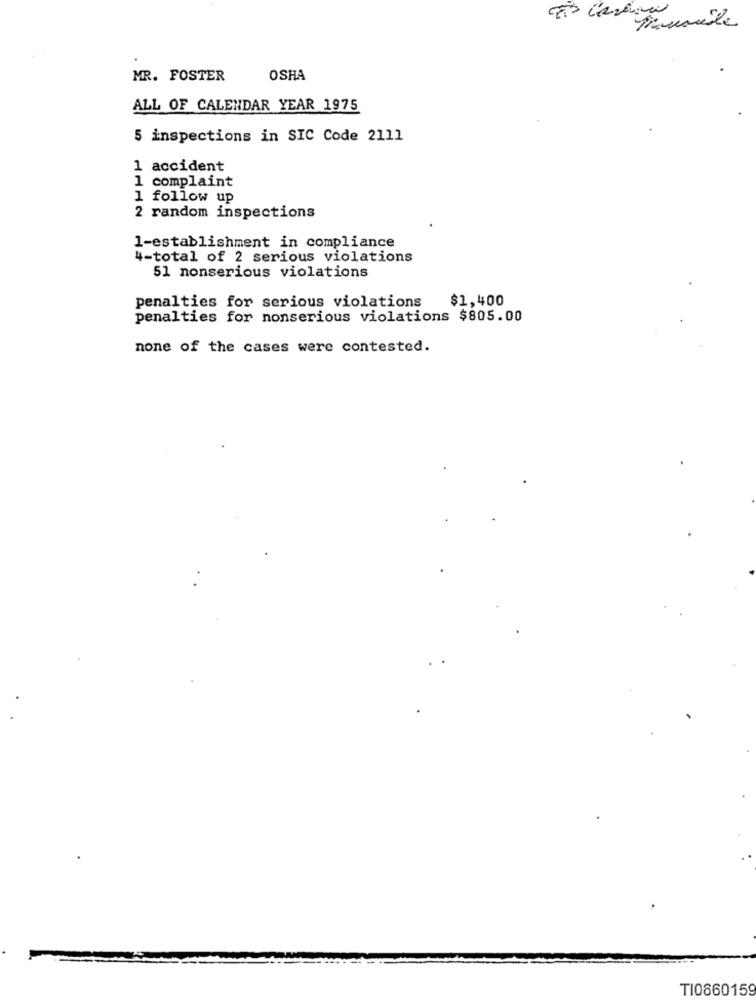
Muscle
MR. FOSTER
OSHA
ALL OF CALENDAR YEAR 1975
5 inspections in SIC Code 2111
1 accident
1 complaint
1 follow up
2 random inspections
1-establishment in compliance
4-total of 2 serious violations
51 nonserious violations
penalties for serious violations
$1,400
penalties for nonserious violations $805.00
none of the cases were contested.
TI0660159